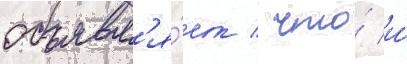
объявл'я́ет / что́ и́